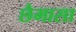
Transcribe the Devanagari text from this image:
छैमासा